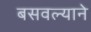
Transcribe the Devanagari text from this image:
बसवल्याने